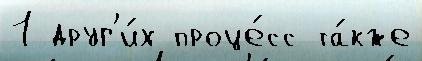
1 друг'и́х проце́сс та́кже